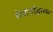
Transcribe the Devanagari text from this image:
मेवाड़ोद्धारक